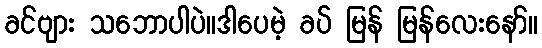
ခင်ဗျား သဘောပါပဲ။ဒါပေမဲ့ ခပ် မြန် မြန်လေးနော်။